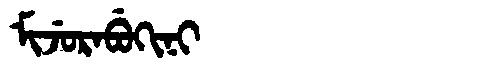
Manchu: ᠮᡳᠵᡠᡵᠠᠪᡠᡴᡳᠨᡳ
Romanization: MIJURABUKINI